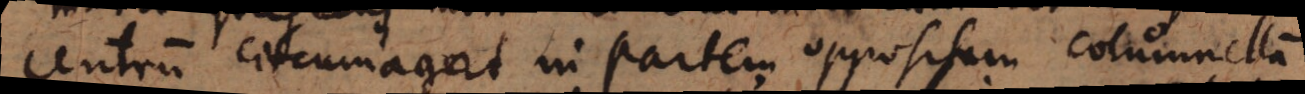
centrum circumagat in partem oppositam columnellam